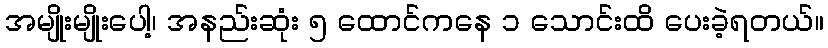
အမျိုးမျိုးပေါ့၊ အနည်းဆုံး ၅ ထောင်ကနေ ၁ သောင်းထိ ပေးခဲ့ရတယ်။